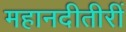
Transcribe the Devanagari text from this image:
महानदीतीरीं